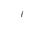
Letter: _alif